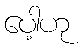
ပေါ့ဟု